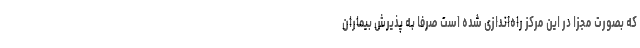
که بصورت مجزا در این مرکز راه‌اندازی شده است صرفا به پذیرش بیماران